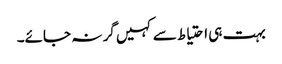
بہت ہی احتیاط سے کہیں گر نہ جائے۔